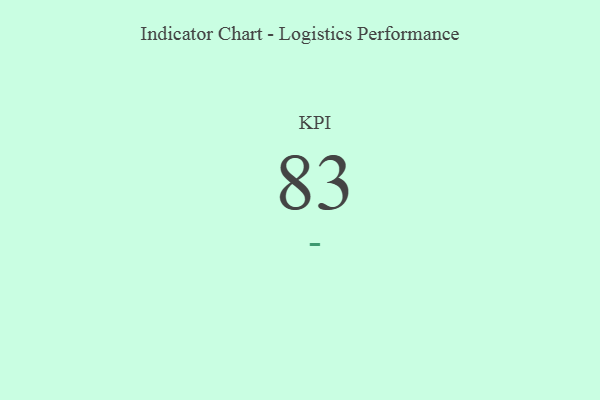
{"axis": {"x": "KPI", "y": "Value"}, "legend": [""], "data": [{"x": "KPI", "y": 83, "type": ""}]}